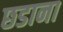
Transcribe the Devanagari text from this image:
छडाना